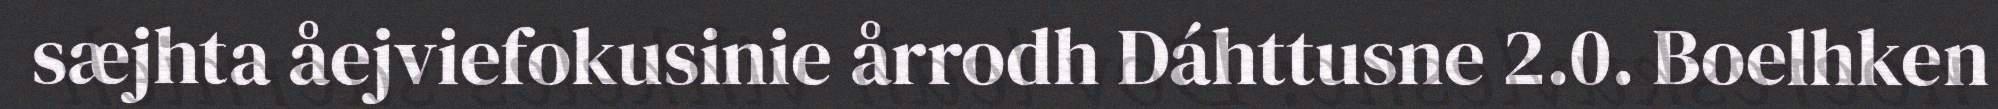
sæjhta åejviefokusinie årrodh Dáhttusne 2.0. Boelhken